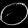
Digit: ၀